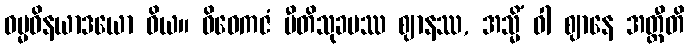
ဓမ္မဝိနယာဒယော ဝိယ။ ဝိဝေကဇံ ပီတိသုခမဿ ဈာနဿ, အသ္မိံ ဝါ ဈာနေ အတ္ထီတိ